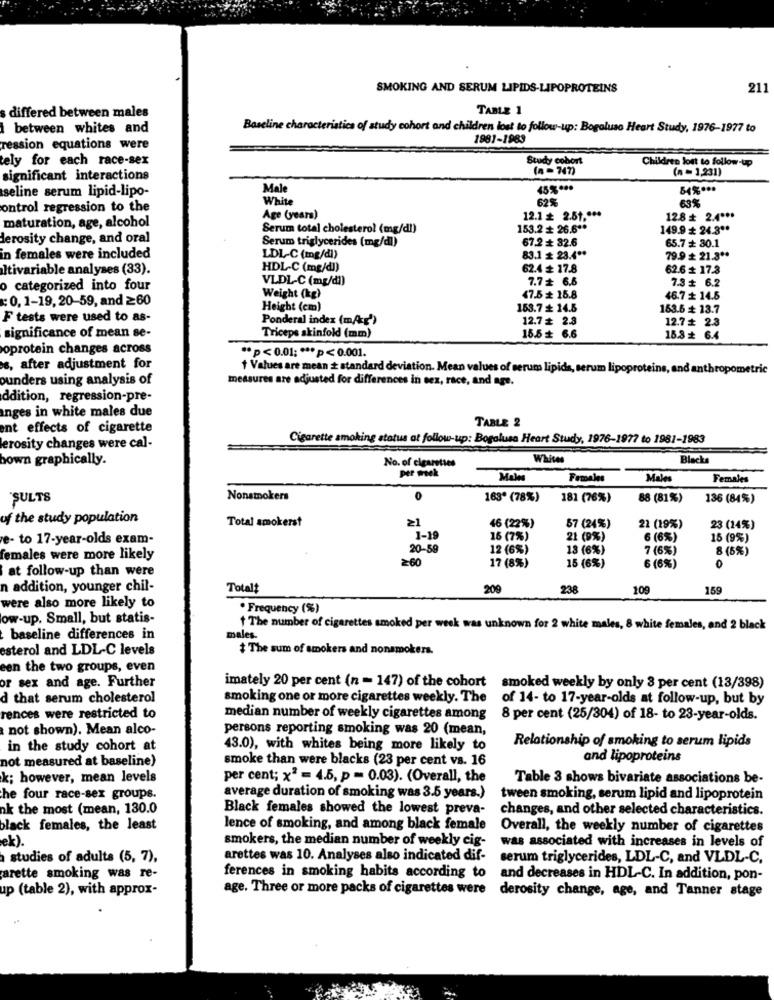
SMOKING AND SERUM LIPIDS-LIPOPROTEINS
211
TABLE 1
differed between males
between whites and
Baseline characteristics of study cohort and children lost to follow-up: Bogaluso Heart Study, 1976-1977 to
1981-1983
ression equations were
tely for each race-sex
Study cohort
Children lost to follow-up
(n- 747)
(n = 1,231)
significant interactions
seline serum lipid-lipo-
Male
45% ***
84% ***
White
62%
63%
ontrol regression to the
Age (years)
12.1 ≤ 2.51 .***
12.8 + 2.4 ***
maturation, age, alcohol
Serum total cholesterol (mg/dl)
153.2 + 26.6 **
149.9 + 24.3 **
derosity change, and oral
Serum triglycerides (mg/dl)
67.2 + 32.6
65.7 + 30.1
in females were included
LDL-C (mg/dl)
83.1 + 23.4 **
79.9 + 21.3 **
Itivariable analyses (33).
HDL-C (mg/dl)
62.4 + 17.8
62.6 + 17.3
VLDL-C (mg/dl)
7.7 6.6
7.3 # 6.2
o categorized into four
: 0, 1-19, 20-59, and ≥60
Weight (kg)
47.5 + 15.8
46.7 + 14.8
Height (cm)
153.7 + 14.5
163.6 + 13.7
F tests were used to as-
Ponderal index (m/g')
12.7 # 2.3
12.7 + 2.3
significance of mean se-
Triceps skinfold (mm)
15.5 + 6.6
15.8 6.4
oprotein changes across
** p<0.01 :*** p< 0.001.
s, after adjustment for
+ Values are mean + standard deviation. Mean values of serum lipids, serum lipoproteins, and anthropometric
ounders using analysis of
measures are adjusted for differences in sex, race, and age.
ddition, regression-pre-
anges in white males due
TABLE 2
ent effects of cigarette
Cigarette smoking status at follow-up: Bogalusa Heart Study, 1976-1977 to 1981-1983
erosity changes were cal-
hown graphically.
No. of cigarettes
Whites
Blacks
per mek
Males
Females
Males
Females
ŞULTS
Nonsmokers
0
163º (78%)
181 (76%)
88 (81%)
136 (84%)
of the study population
Total smokerst
≥1
46 (22%)
57 (24%)
22 (19%)
23 (24%)
e- to 17-year-olds exam-
1-19
16 (7%)
21 (9%)
6 (6%)
15 (9%)
20-59
12 (6%)
18 (6%)
7 (6%)
8 (6%)
females were more likely
≥60
at follow-up than were
17 (8%)
15 (6%)
6 (6%)
0
n addition, younger chil-
Totalt
209
238
109
159
were also more likely to
· Frequency (%)
ow-up. Small, but statis-
The number of cigarettes smoked per week was unknown for 2 white males, 8 white females, and 2 black
baseline differences in
males.
esterol and LDL-C levels
# The sum of smokers and nonsmokers.
een the two groups, even
or sex and age. Further
imately 20 per cent (n = 147) of the cohort
smoked weekly by only 3 per cent (13/398)
d that serum cholesterol
smoking one or more cigarettes weekly. The of 14- to 17-year-olds at follow-up, but by
rences were restricted to
median number of weekly cigarettes among
8 per cent (25/304) of 18- to 23-year-olds.
not shown). Mean alco-
persons reporting smoking was 20 (mean,
in the study cohort at
43.0), with whites being more likely to
Relationship of smoking to serum lipids
not measured at baseline)
smoke than were blacks (23 per cent vs. 16
and lipoproteins
k; however, mean levels
per cent; x2 = 4.5, p = 0.03). (Overall, the
Table 3 shows bivariate associations be-
he four race-sex groups.
average duration of smoking was 3.5 years.)
tween smoking, serum lipid and lipoprotein
nk the most (mean, 130.0
Black females showed the lowest preva-
changes, and other selected characteristics.
black females, the least
lence of smoking, and among black female
Overall, the weekly number of cigarettes
ek).
smokers, the median number of weekly cig-
was associated with increases in levels of
studies of adults (5, 7),
arettes was 10. Analyses also indicated dif-
serum triglycerides, LDL-C, and VLDL-C.
arette smoking was re-
ferences in smoking habits according to
and decreases in HDL-C. In addition, pon-
up (table 2), with approx-
age. Three or more packs of cigarettes were
derosity change, age, and Tanner stage